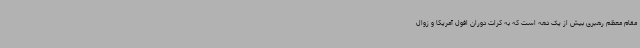
مقام معظم رهبری بیش از یک دهه است که به کرات دوران افول آمریکا و زوال